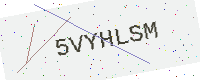
Text: 5VYHLSM